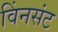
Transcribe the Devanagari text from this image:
विंनसंट